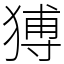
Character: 猼